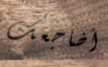
أضاجعك